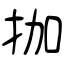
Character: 拁